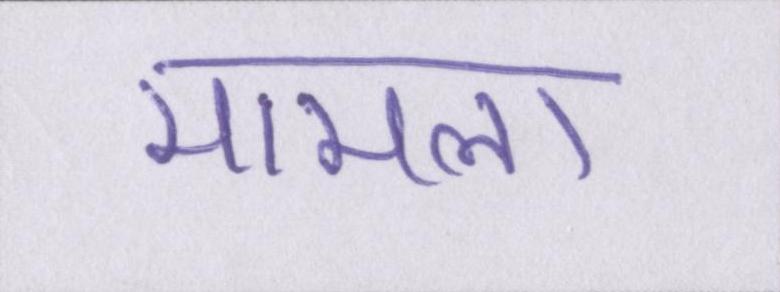
मामला